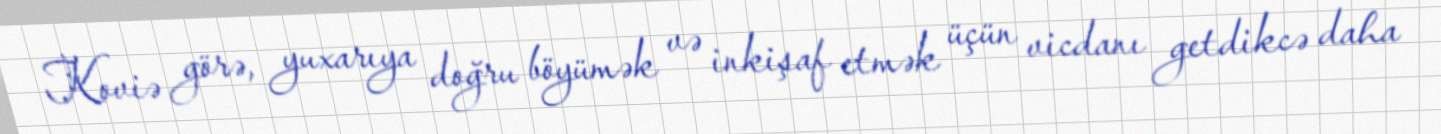
Koviə görə, yuxarıya doğru böyümək və inkişaf etmək üçün vicdanı getdikcə daha